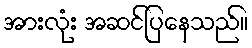
အားလုံး အဆင်ပြနေသည်။